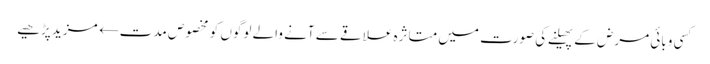
کسی وبائی مرض کے پھیلنے کی صورت میں متاثرہ علاقے سے آنے والے لوگوں کو مخصوص مدت← مزید پڑھیے